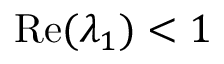
\mathrm { R e } ( \lambda _ { 1 } ) < 1